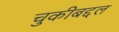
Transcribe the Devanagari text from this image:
चुकीबद्दल